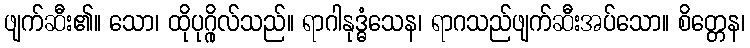
ဖျက်ဆီး၏။ သော၊ ထိုပုဂ္ဂိုလ်သည်။ ရာဂါနုဒ္ဓံသေန၊ ရာဂသည်ဖျက်ဆီးအပ်သော။ စိတ္တေန၊